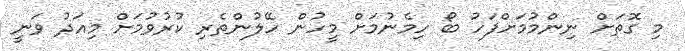
މި ގޮތަށް ނިންމުމަށްފަހު ބޯ ހިމެނުމަށް މީހުން ހޭލުންތެރި ކުރުވުމަށް މިއަދު ވަނީ